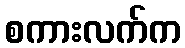
စကားလက်က